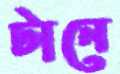
টানে